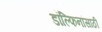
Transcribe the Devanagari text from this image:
डॉल्फिनांसाठी